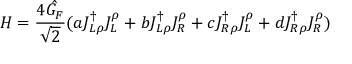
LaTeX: H = \frac { 4 \hat { G _ { F } } } { \sqrt { 2 } } ( a J _ { L \rho } ^ { \dagger } J _ { L } ^ { \rho } + b J _ { L \rho } ^ { \dagger } J _ { R } ^ { \rho } + c J _ { R \rho } ^ { \dagger } J _ { L } ^ { \rho } + d J _ { R \rho } ^ { \dagger } J _ { R } ^ { \rho } )